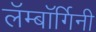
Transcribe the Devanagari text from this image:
लॅम्बॉर्गिनी